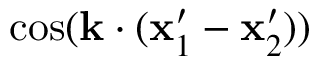
\mathrm { c o s } ( \mathbf { k } \cdot ( \mathbf { x } _ { 1 } ^ { \prime } - \mathbf { x } _ { 2 } ^ { \prime } ) )